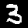
Digit: 3